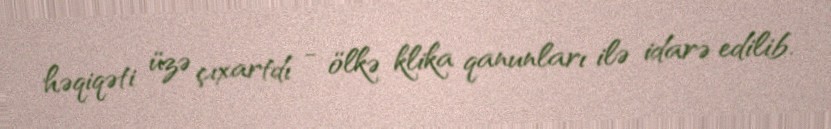
həqiqəti üzə çıxartdı - ölkə klika qanunları ilə idarə edilib.